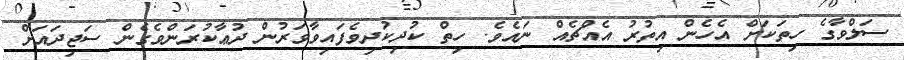
ސަލްވާގެ ހިތަކަށް އެހެން އިތުރު އެއްޗެއް ނައެވެ. ހިތް ކުދިކުދިވެފައިވާވަރުން ދުޢާކުރަންވެގެން ސަޖިދައަށް